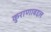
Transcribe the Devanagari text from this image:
कुराणाबद्दल